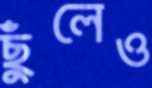
ছুঁলেও